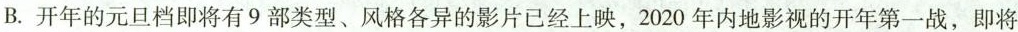
B.开年的元旦档即将有9部类型、风格各异的影片已经上映，2020年内地影视的开年第一战，即将